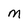
Character: M